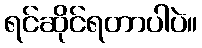
ရင်ဆိုင်ရတာပါပဲ။